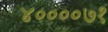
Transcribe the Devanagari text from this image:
४००००७१